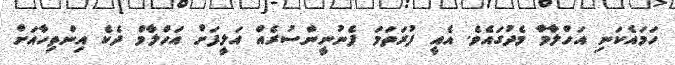
ހަމައެކަނި އަހްލާމާ މެދުގައެވެ. އެއީ ފުރަތަމަ ފެނުނީންސުރެއް އަލީފަށް އަހްލާމް ދެކެ އިންތިހާއަށް